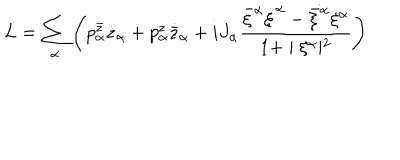
L = \sum _ { \alpha } \left( p _ { \alpha } ^ { \bar { z } } \dot { z } _ { \alpha } + p _ { \alpha } ^ { z } \dot { { \bar { z } } } _ { \alpha } + i J _ { \alpha } \frac { { \bar { \xi } } ^ { \alpha } \dot { \xi } ^ { \alpha } - \dot { \bar { \xi } ^ { \alpha } } \xi ^ { \alpha } } { 1 + \mid \xi ^ { \alpha } \mid ^ { 2 } } \right)